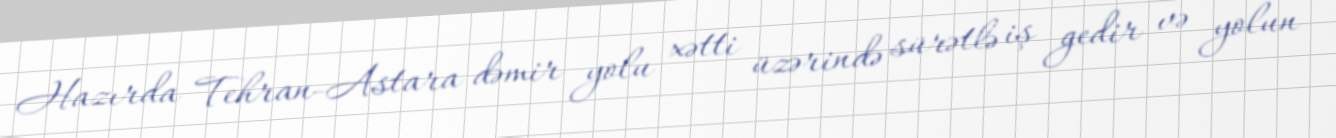
Hazırda Tehran-Astara dəmir yolu xətti üzərində sürətlə iş gedir və yolun